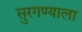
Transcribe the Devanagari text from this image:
सुरगण्याला